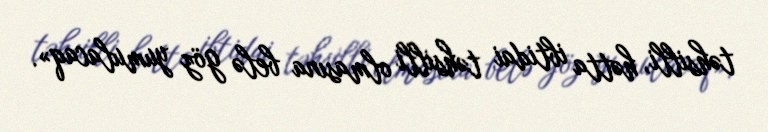
təhsilli, hətta ibtidai təhsilli olmasına belə göz yumulacaq».